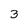
Character: 3